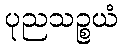
ပုညသဉ္စယံ